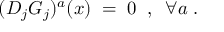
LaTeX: ( D _ { j } G _ { j } ) ^ { a } ( x ) \; = \; 0 \; \; , \; \; \forall a \; .